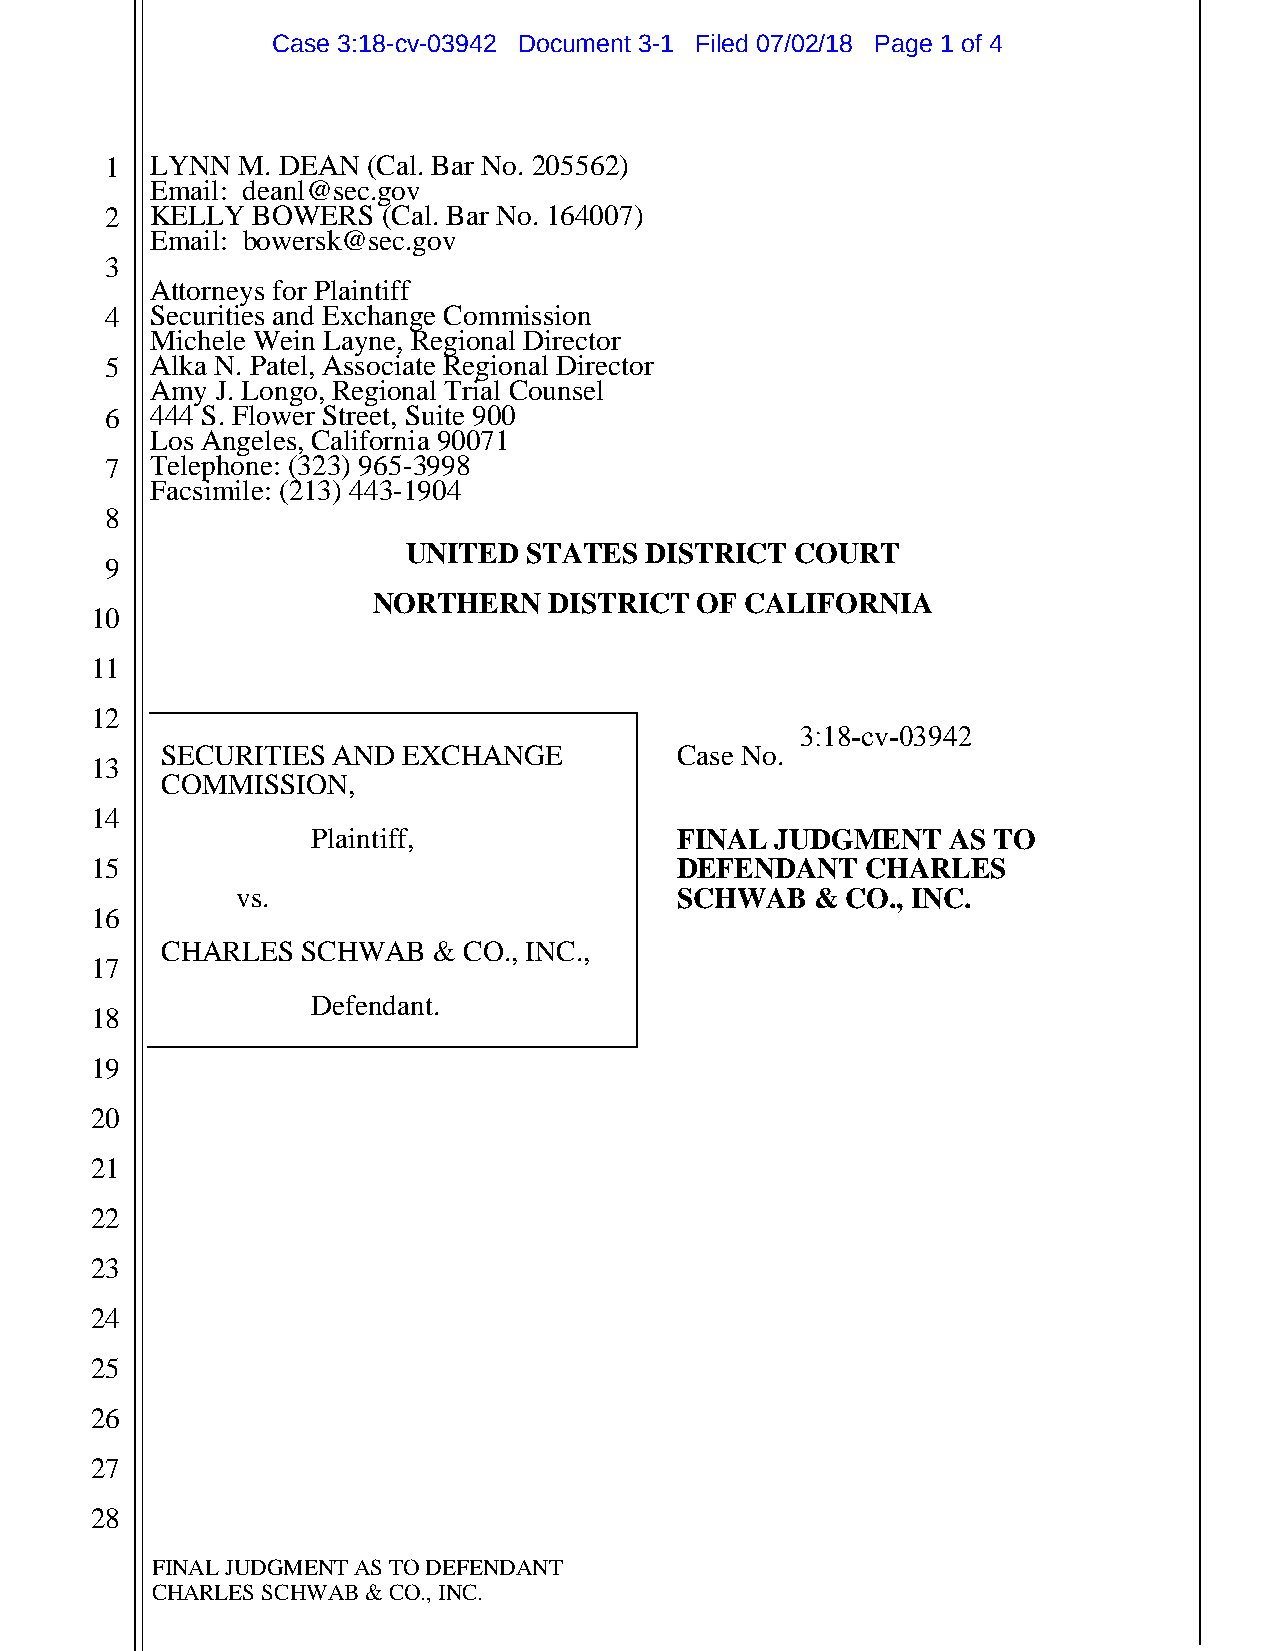
Case 3:18-cv-03942 Document 3-1 Filed 07/02/18 Page 1 of 4
 1  LYNN  M. DEAN (Cal. Bar No. 205562)
 Email: deanl@sec.gov
 2  KELLY  BOWERS  (Cal. Bar No. 164007)
 Email: bowersk@sec.gov
 3
 Attorneys for Plaintiff
 4  Securities and Exchange Commission
 Michele Wein Layne, Regional Director
 5  Alka N. Patel, Associate Regional Director
 Amy J. Longo, Regional Trial Counsel
 6  444 S. Flower Street, Suite 900
 Los Angeles, California 90071
 7  Telephone: (323) 965-3998
 Facsimile: (213) 443-1904
 8
 UNITED  STATES  DISTRICT  COURT
 9
 NORTHERN   DISTRICT  OF CALIFORNIA
 10
 11
 12
 3:18-cv-03942
 SECURITIES AND  EXCHANGE          Case No.
 13
 COMMISSION,
 14
 Plaintiff,              FINAL JUDGMENT    AS TO
 15                                     DEFENDANT   CHARLES
 vs.                          SCHWAB   & CO., INC.
 16
 CHARLES  SCHWAB   & CO., INC.,
 17
 Defendant.
 18
 19
 20
 21
 22
 23
 24
 25
 26
 27
 28
 FINAL JUDGMENT AS TO DEFENDANT
 CHARLES SCHWAB & CO., INC.